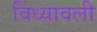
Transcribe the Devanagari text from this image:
विंध्यावली